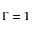
\Gamma = 1